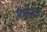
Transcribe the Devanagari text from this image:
फ़लाँ